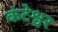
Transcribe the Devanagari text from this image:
कंटेश्वर